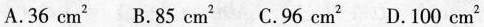
A.36cm^{2} B.85cm^{2} C.96cm^{2} D.100cm^{2}